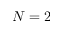
N = 2